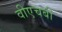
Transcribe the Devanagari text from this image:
वीएचबी